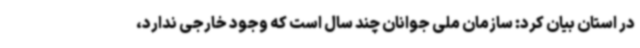
در استان بیان کرد: سازمان ملی جوانان چند سال است که وجود خارجی ندارد،